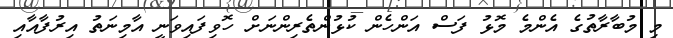
މި މުބާރާތުގެ އެންމެ މޮޅު ފަސް އަންހެން ކުޅުންތެރިންނަށް ހޮވިފައިވަނީ އާމިނަތު އިރުފާއާއި